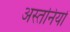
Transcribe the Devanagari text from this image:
अस्तनियों